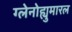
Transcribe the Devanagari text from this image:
ग्लेनोह्युमारल